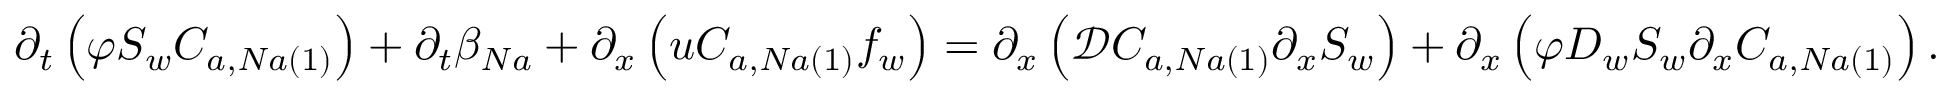
\partial _ { t } \left( \varphi S _ { w } C _ { a , N a \left( 1 \right) } \right) + \partial _ { t } \beta _ { N a } + \partial _ { x } \left( u C _ { a , N a \left( 1 \right) } f _ { w } \right) = \partial _ { x } \left( \mathcal { D } C _ { a , N a \left( 1 \right) } \partial _ { x } S _ { w } \right) + \partial _ { x } \left( \varphi D _ { w } S _ { w } \partial _ { x } C _ { a , N a \left( 1 \right) } \right) .